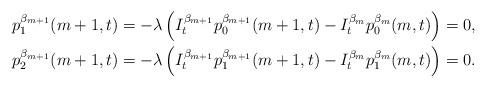
LaTeX: \begin{align*}p^{\beta_{m+1}}_{1}(m+1,t)&=-\lambda\left(I_t^{\beta_{m+1}}p^{\beta_{m+1}}_{0}(m+1,t)-I_t^{\beta_{m}}p^{\beta_{m}}_{0}(m,t)\right)=0,\\p^{\beta_{m+1}}_{2}(m+1,t)&=-\lambda\left(I_t^{\beta_{m+1}}p^{\beta_{m+1}}_{1}(m+1,t)-I_t^{\beta_{m}}p^{\beta_{m}}_{1}(m,t)\right)=0.\end{align*}